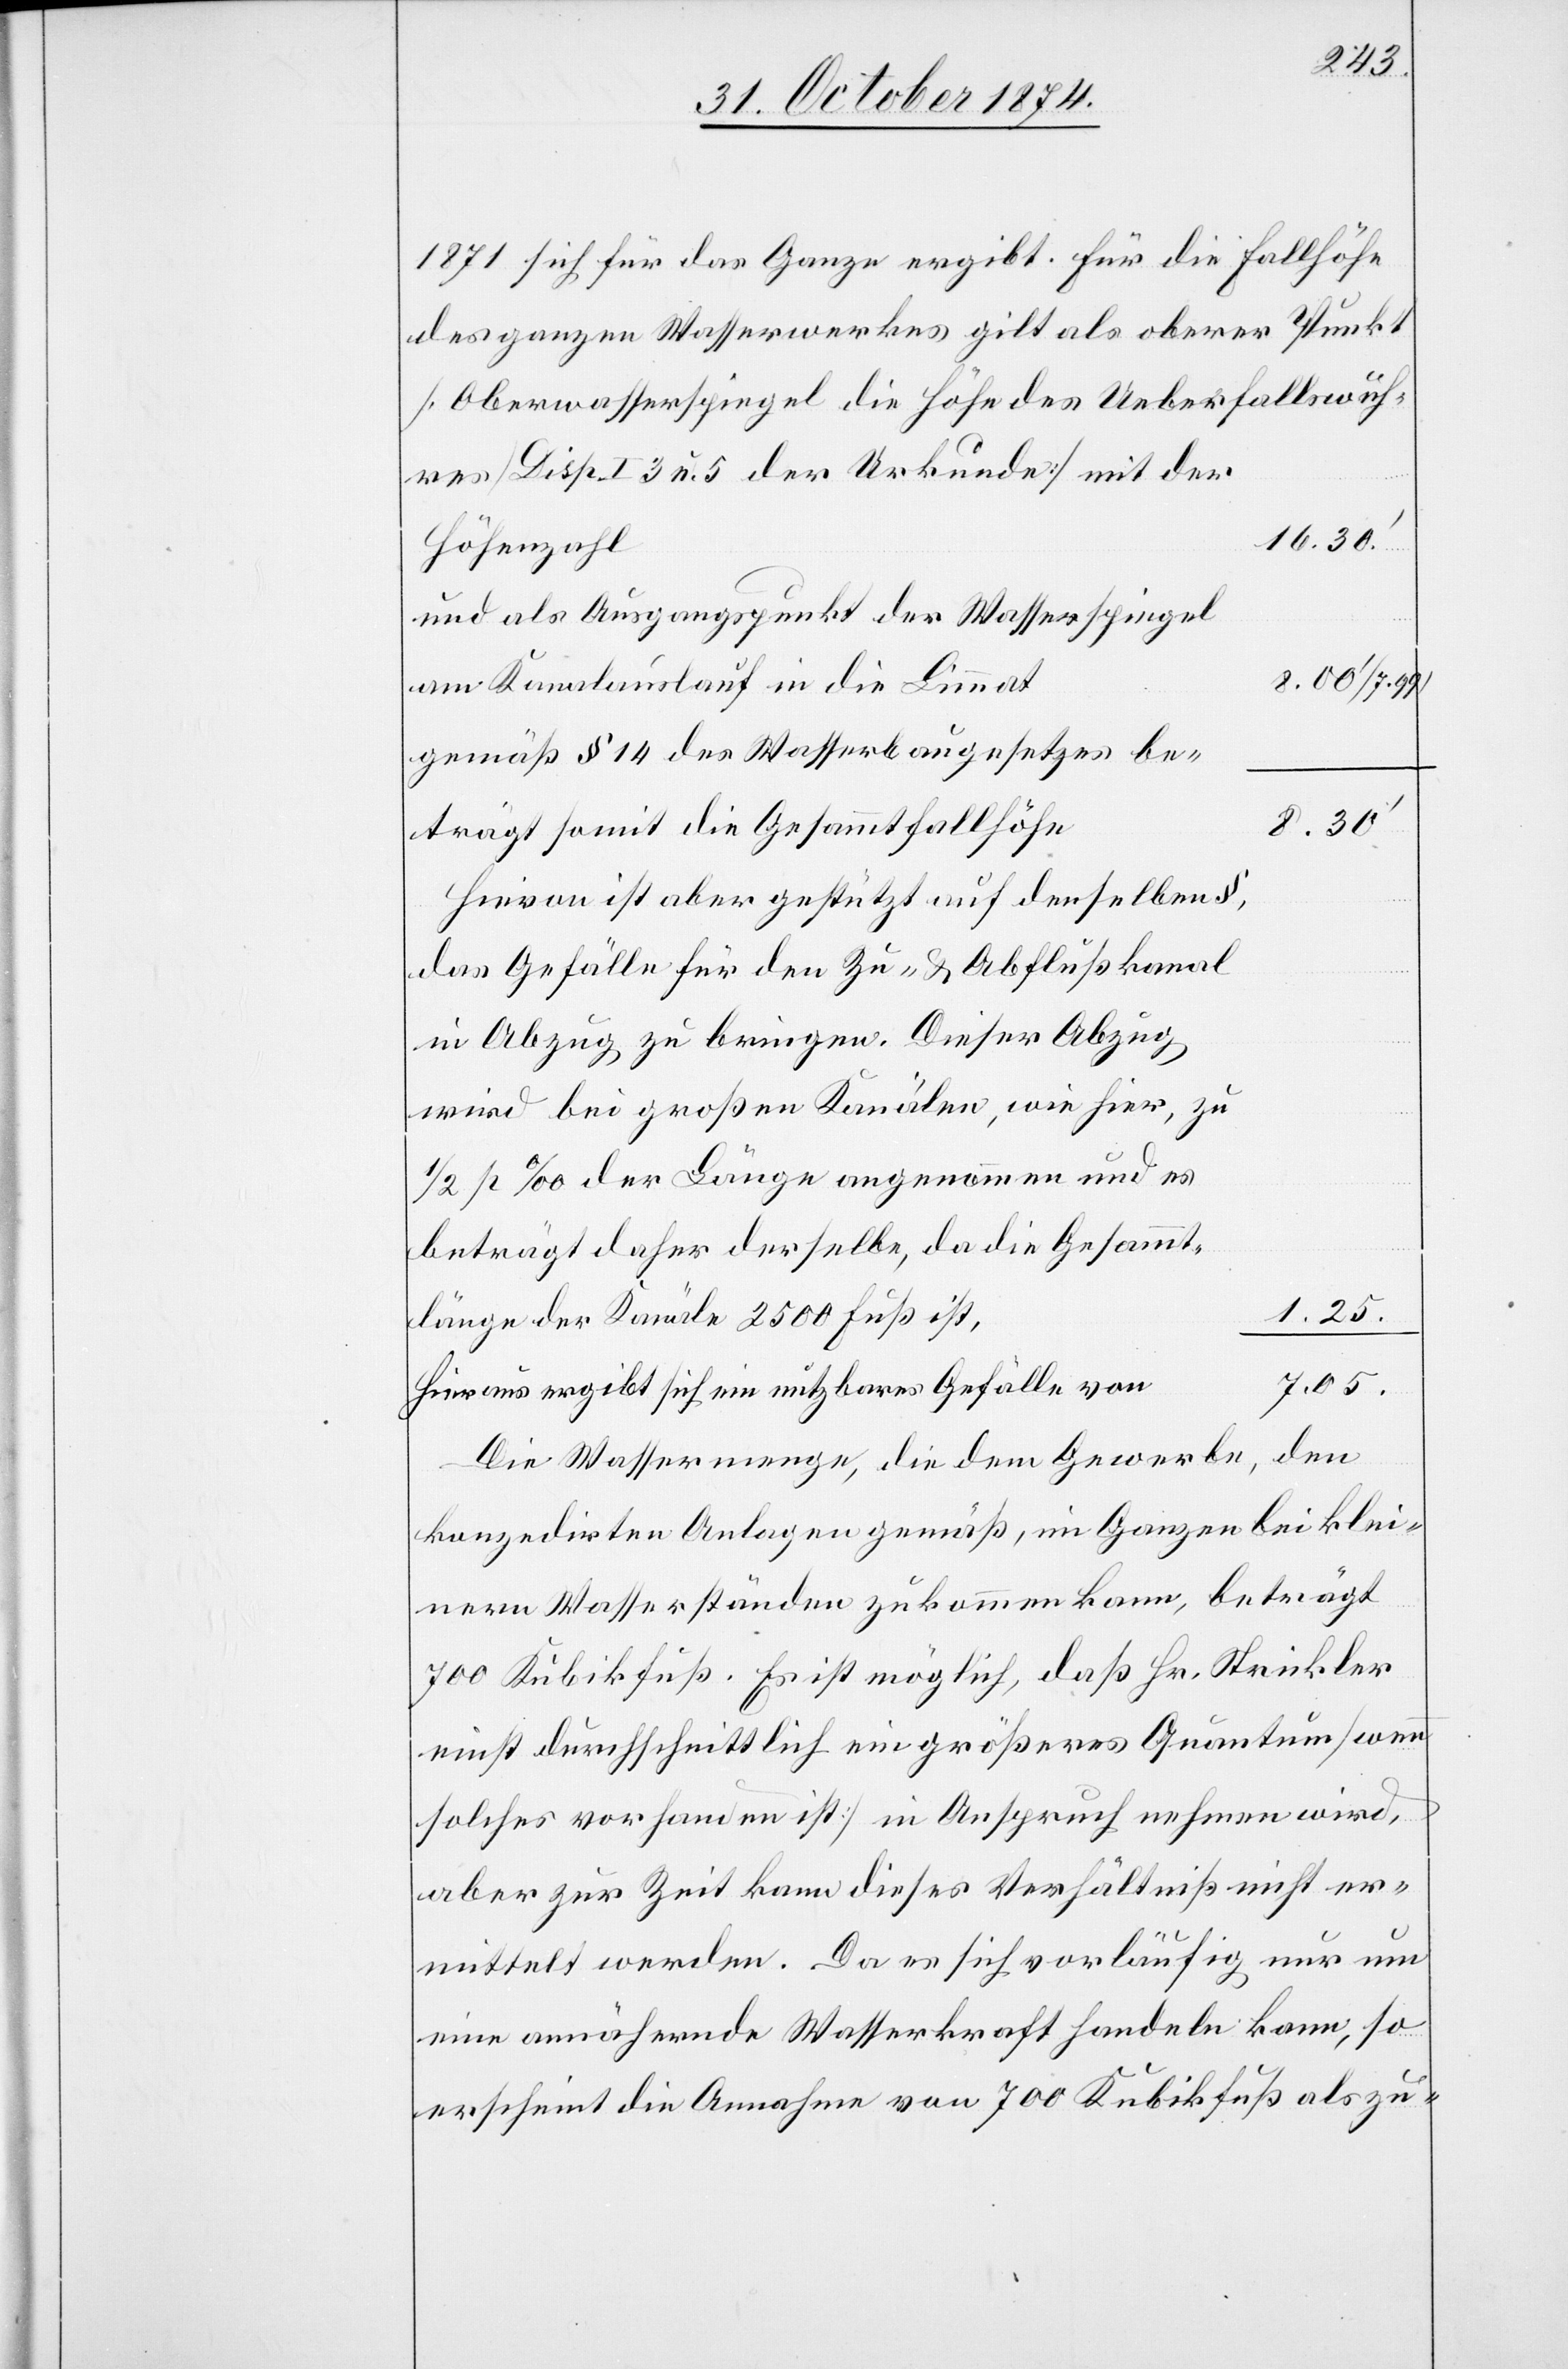
3 u. 5
1871 sich für das Ganze ergibt. Für die Fallhöhe
des ganzen Wasserwerkes gilt als oberer Punkt
[Oberwasserspiegel die Höhe des Ueberfallswuh¬
16.30.‘
Höhenzahl
und als Ausgangspunkt der Wasserspiegel
am Kanalauslauf in die Limmat
gemäß § 14 des Wasserbaugesetzes be¬
trägt somit die Gesammtfallhöhe
Hievon ist aber gestützt auf denselben §,
das Gefälle für den Zu- & Abflußkanal
in Abzug zu bringen. dieser Abzug
wird bei großen Kanälen, wie hier, zu
1/2 p‰ der Länge angenommen und es
beträgt daher derselbe, da die Gesammt¬
länge der Kanäle 2500 Fuß ist,
7.05.
Hieraus ergibt sich ein nutzbares Gefälle von
Die Wassermenge, die dem Gewerbe, den
konzedirten Anlagen gemäß, im Ganzen bei klei¬
nern Wasserständen zukommen kann, beträgt
700 Kubikfuß. Es ist möglich, daß Hr. Strickler
einst durchschnittlich ein größeres Quantum [wenn
solches vorhanden ist] in Anspruch nehmen wird,
aber zur Zeit kann dieses Verhältniß nicht er¬
mittelt werden. Da es sich vorläufig nur um
eine annähernde Wasserkraft handeln kann, so
erscheint die Annahme von 700 Kubikfuß als zu-

res]